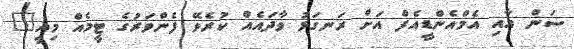
ސަން އާއި އެމްއެންޑީއެފް އަށް ރަނގަޅު ވާދައެއް ކުރެވޭ ފެންވަރުގެ ޓީމެއް މިއީ"